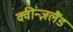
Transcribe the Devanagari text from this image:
क्वीन्ज़लैंड